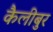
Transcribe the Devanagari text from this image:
कैलीबुर